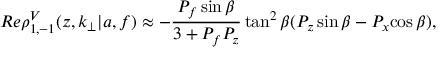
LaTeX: R e \rho _ { 1 , - 1 } ^ { V } ( z , k _ { \perp } | a , f ) \approx - \frac { P _ { f } \sin { \beta } } { 3 + P _ { f } P _ { z } } \tan ^ { 2 } { \beta } ( P _ { z } \sin { \beta } - P _ { x } { \cos { \beta } } ) ,